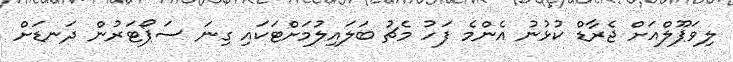
ލިވަޕޫލްއަށް ޖެރާޑް ކުޅުނު އެންމެ ފަހު މެޗު ބަލައިލުމަށްޓަކައި ގިނަ ސަޕޯޓަރުން ދަނޑަށް